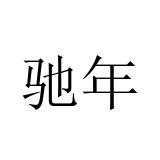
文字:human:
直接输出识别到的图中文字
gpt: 驰年